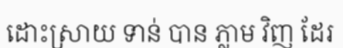
ដោះស្រាយ ទាន់ បាន ភ្លាម វិញ ដែរ